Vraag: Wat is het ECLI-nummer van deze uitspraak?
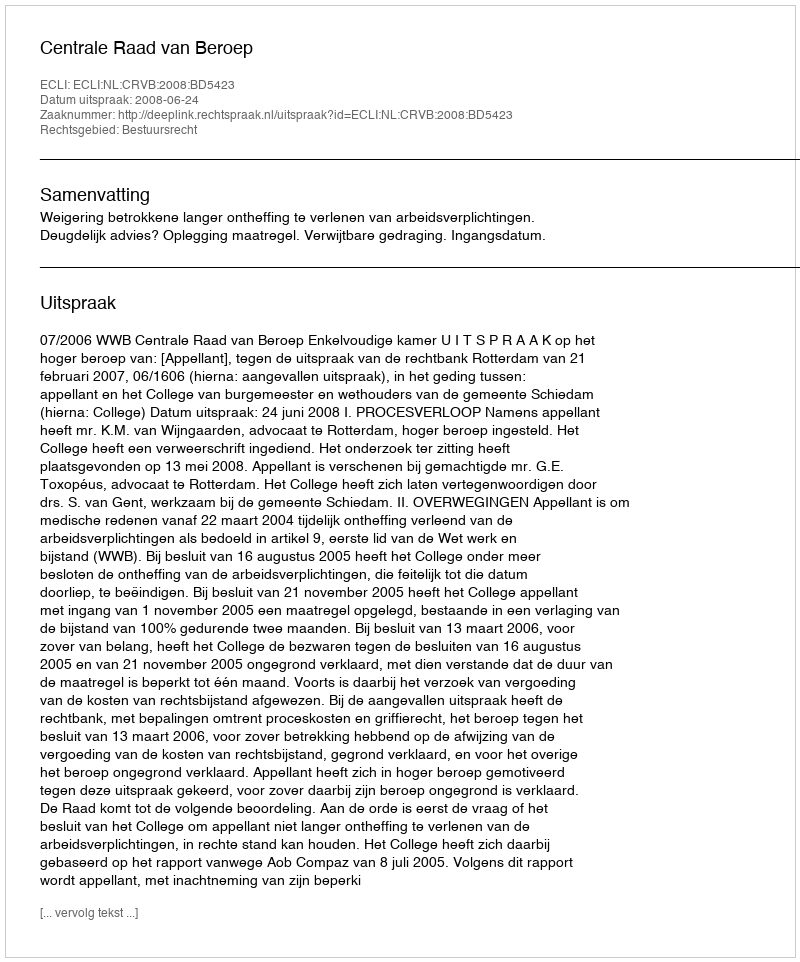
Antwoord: ECLI:NL:CRVB:2008:BD5423